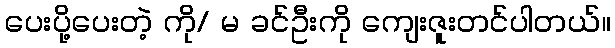
ပေးပို့ပေးတဲ့ ကို/ မ ခင်ဦးကို ကျေးဇူးတင်ပါတယ်။